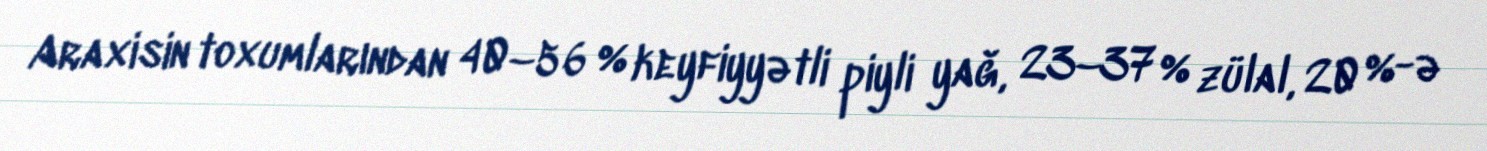
Araxisin toxumlarından 40–56 % keyfiyyətli piyli yağ, 23–37 % zülal, 20 %-ə